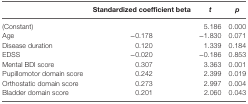
|  | Standardized coefficient beta | t | p |
 | --- | --- | --- | --- |
 | (Constant) |  | 5.186 | 0.000 |
 | Age | −0.178 | −1.830 | 0.071 |
 | Disease duration | 0.120 | 1.339 | 0.184 |
 | EDSS | −0.020 | −0.186 | 0.853 |
 | Mental BDI score | 0.307 | 3.363 | 0.001 |
 | Pupillomotor domain score | 0.242 | 2.399 | 0.019 |
 | Orthostatic domain score | 0.273 | 2.997 | 0.004 |
 | Bladder domain score | 0.201 | 2.060 | 0.043 |